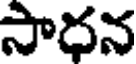
సాధన